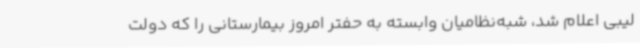
لیبی اعلام شد، شبه‌نظامیان وابسته به حفتر امروز بیمارستانی را که دولت